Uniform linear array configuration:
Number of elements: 24
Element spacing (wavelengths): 1
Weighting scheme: blackman
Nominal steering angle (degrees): -45
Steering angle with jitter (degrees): -45.332
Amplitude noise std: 0.05
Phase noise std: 0.05

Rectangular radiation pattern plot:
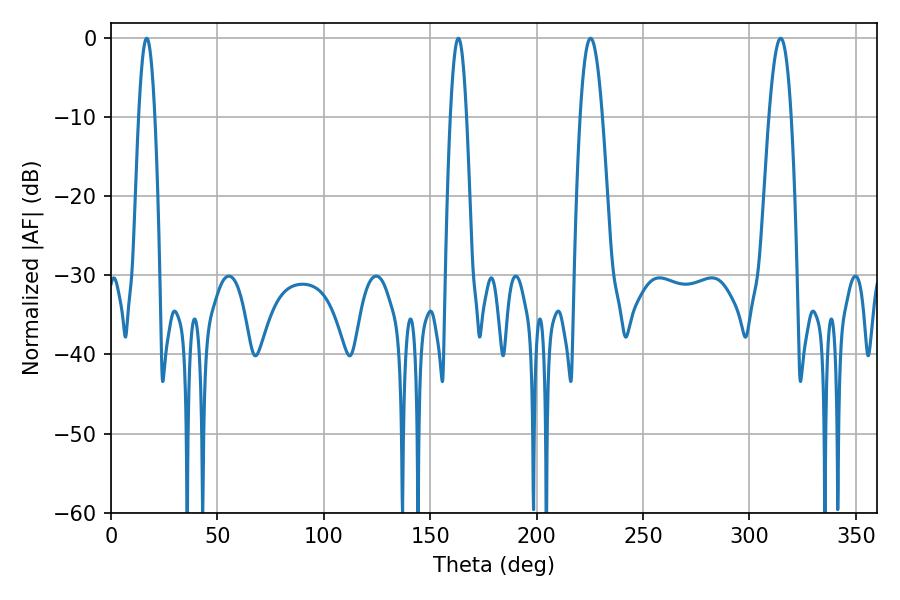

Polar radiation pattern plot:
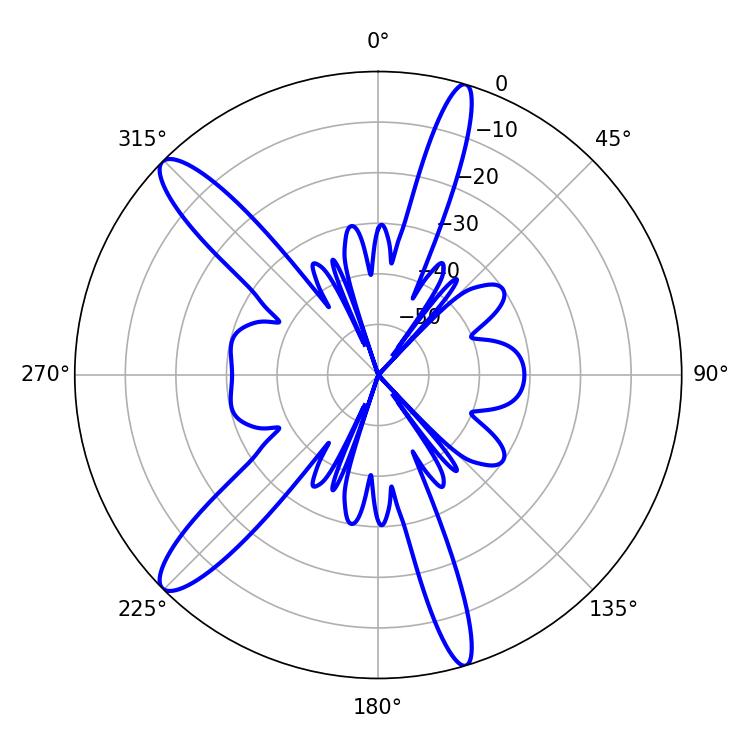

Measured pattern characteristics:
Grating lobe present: TRUE
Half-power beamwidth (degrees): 5.58
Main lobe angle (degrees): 225.36